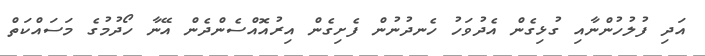
އަދި ފުލުހުންނާއި ގުޅިގެން އެދުވަހު ހެނދުނުން ފެށިގެން އިރުއޮއްސެންދެން އޭނާ ހޯދުމުގެ މަސައްކަތް